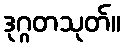
ဒုဂ္ဂတသုတ်။